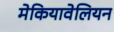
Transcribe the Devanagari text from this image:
मेकियावेलियन